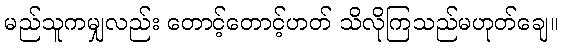
မည်သူကမျှလည်း တောင့်တောင့်ဟတ် သိလိုကြသည်မဟုတ်ချေ။